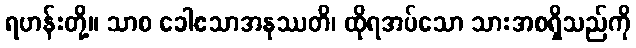
ရဟန်းတို့။ သာစ ခေါဧသာအနုဿတိ၊ ထိုရအပ်သော သားအစရှိသည်ကို